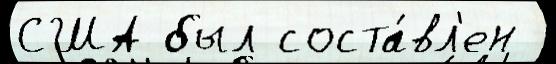
США был соста́вл'ен